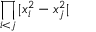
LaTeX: \displaystyle { \prod _ { i < j } | x _ { i } ^ { 2 } - x _ { j } ^ { 2 } | }